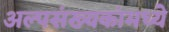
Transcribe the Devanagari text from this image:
अल्पसंख्यकांमध्ये